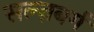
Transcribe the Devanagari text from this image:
सल्ज़बर्ग